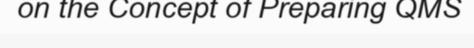
on the Concept of Preparing QMS